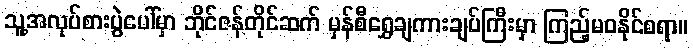
သူ့အလုပ်စားပွဲပေါ်မှာ ဘိုင်ဇန်တိုင်ဆက် မှန်စီရွှေချကားချပ်ကြီးမှာ ကြည့်မဝနိုင်စရာ။